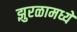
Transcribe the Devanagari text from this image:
झुरळामध्ये